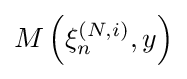
M\left(\xi _{n}^{(N,i)},y\right)